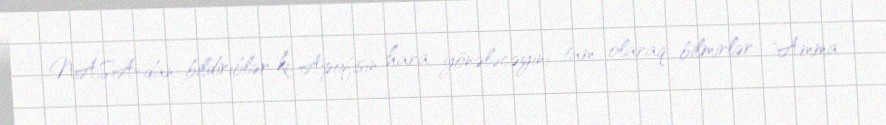
NASA-dan bildiriblər ki, Apofisin hara yönələcəyini tam olaraq bilmirlər: "Amma